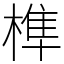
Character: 榫